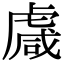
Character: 䖗